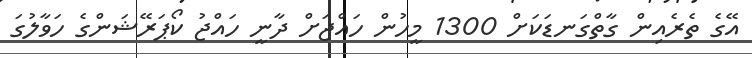
އޭގެ ތެރެއިން ގާތްގަނޑަކަށް 1300 މީހުން ހައްޖަށް ދާނީ ހައްޖު ކޯޕަރޭޝަންގެ ހަވާލުގަ